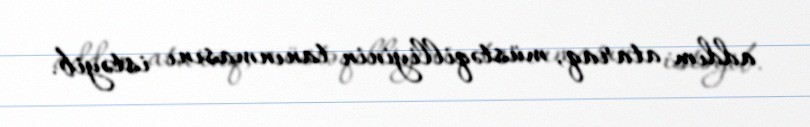
addım ataraq, müstəqilliyinin tanınmasını istəyib.